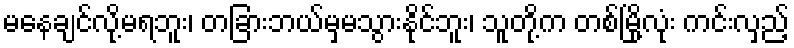
မနေချင်လို့မရဘူး၊ တခြားဘယ်မှမသွားနိုင်ဘူး၊ သူတို့က တစ်မြို့လုံး ကင်းလှည့်